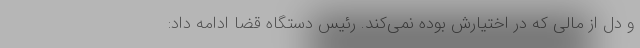
و دل از مالی که در اختیارش بوده نمی‌کند. رئیس دستگاه قضا ادامه داد: